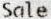
SALE